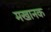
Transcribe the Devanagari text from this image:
मखानक